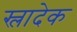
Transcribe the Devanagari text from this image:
स्लादेक